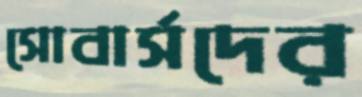
সোবার্সদের